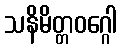
သနိမိတ္တဝဂ္ဂေါ